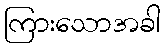
ကြားသောအခါ